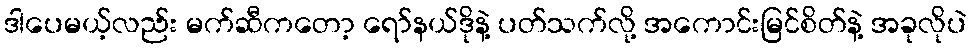
ဒါပေမယ့်လည်း မက်ဆီကတော့ ရော်နယ်ဒိုနဲ့ ပတ်သက်လို့ အကောင်းမြင်စိတ်နဲ့ အခုလိုပဲ